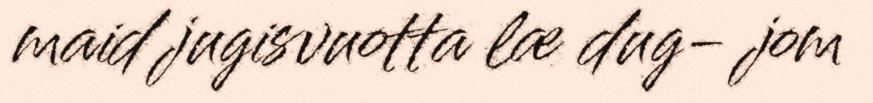
maid jugisvuotta læ dug- jom